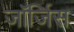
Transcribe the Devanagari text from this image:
जॉर्जिस